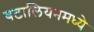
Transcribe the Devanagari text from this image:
बटालियनमध्ये